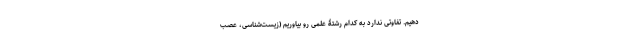
دهیم. تفاوتی ندارد به کدام رشتۀ علمی رو بیاوریم (زیست‌شناسی، عصب‌